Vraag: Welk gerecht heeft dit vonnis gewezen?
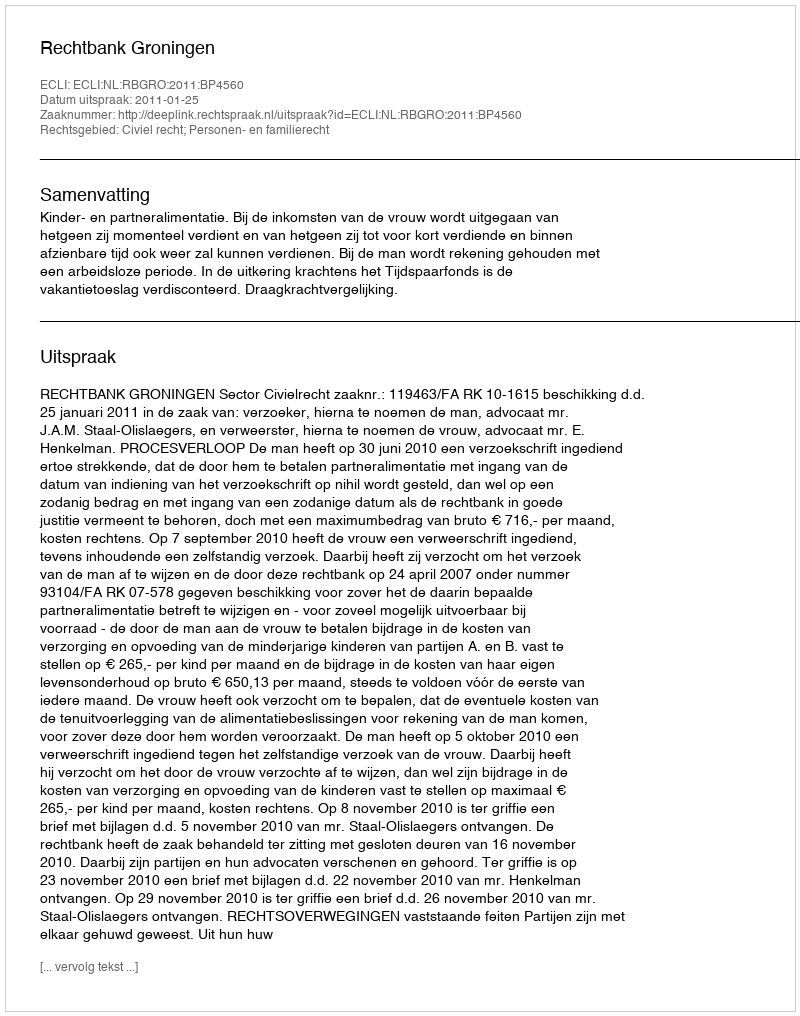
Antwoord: Rechtbank Groningen